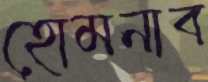
হোমনাব